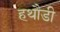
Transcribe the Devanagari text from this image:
हथौडी